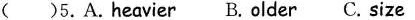
( )5.A.heavier B. older C. size